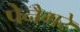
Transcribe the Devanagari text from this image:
पेनैगरे